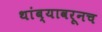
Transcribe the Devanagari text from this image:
थांब्यावरूनच